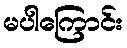
မပါကြောင်း